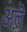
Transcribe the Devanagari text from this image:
अलॆ